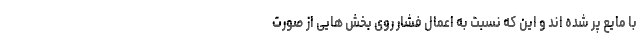
با مایع پر شده اند و این که نسبت به اعمال فشار روی بخش هایی از صورت